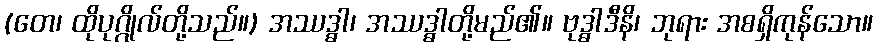
(တေ၊ ထိုပုဂ္ဂိုလ်တို့သည်။) အဿဒ္ဓါ၊ အဿဒ္ဓါတို့မည်၏။ ဗုဒ္ဓါဒီနိ၊ ဘုရား အစရှိကုန်သော။